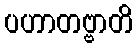
ပဟာတဗ္ဗာတိ